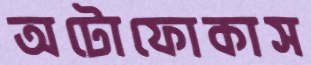
অটোফোকাস